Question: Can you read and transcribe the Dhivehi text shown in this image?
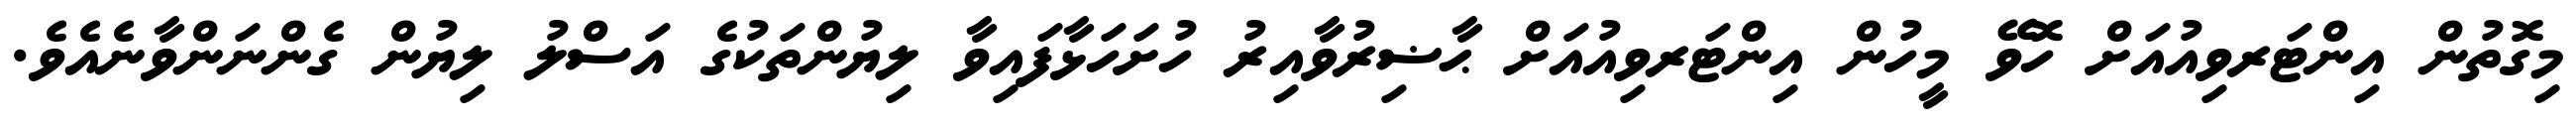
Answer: މިގޮތުން އިންޓަރވިއުއަށް ހޮވޭ މީހުން އިންޓަރވިއުއަށް ޙާޟިރުވާއިރު ހުށަހަޅާފައިވާ ލިޔުންތަކުގެ އަސްލު ލިޔުން ގެންނަންވާނެއެވެ.